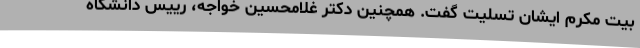
بیت مکرم ایشان تسلیت گفت. همچنین دکتر غلامحسین خواجه، رییس دانشگاه